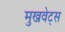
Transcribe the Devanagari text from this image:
मुखवेट्स